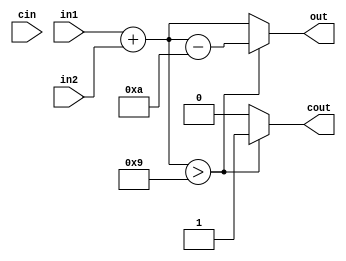
`timescale 1ns / 1ps
//////////////////////////////////////////////////////////////////////////////////
// Company: 
// Engineer: 
// 
// Design Name: 
// Module Name:    adder 
// Project Name: 
// Target Devices: 
// Tool versions: 
// Description: 
//
// Dependencies: 
//
// Revision: 
// Revision 0.01 - File Created
// Additional Comments: 
//
//////////////////////////////////////////////////////////////////////////////////
module adder(in1, in2, cin, out, cout);

input [3:0] in1, in2;
input cin;
output reg [3:0] out;
output reg cout;

reg [3:0] pre_out;



always @(in1 or in2 or cin)begin

pre_out = in1 + in2;

if (pre_out > 9)begin
	cout = 1;
	out = pre_out -10;
	
end
	
else begin
 cout = 0;
 out = pre_out;

end


end











endmodule